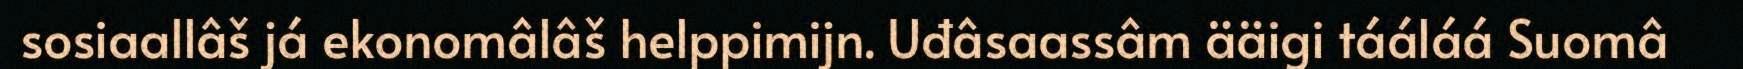
sosiaallâš já ekonomâlâš helppimijn. Uđâsaassâm ääigi tááláá Suomâ